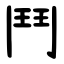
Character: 鬥